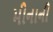
મીનાની